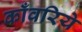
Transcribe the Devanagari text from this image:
काँवरिये